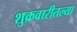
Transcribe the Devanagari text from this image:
शुक्रवारीतल्या